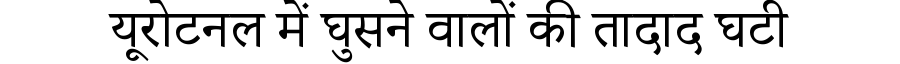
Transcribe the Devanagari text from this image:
यूरोटनल में घुसने वालों की तादाद घटी